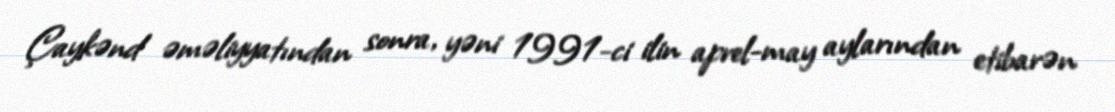
Çaykənd əməliyyatından sonra, yəni 1991-ci ilin aprel-may aylarından etibarən